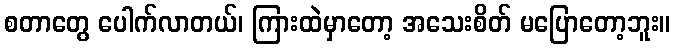
စတာတွေ ပေါက်လာတယ်၊ ကြားထဲမှာတော့ အသေးစိတ် မပြောတော့ဘူး။